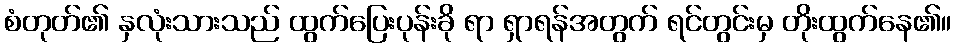
စံတုတ်၏ နှလုံးသားသည် ထွက်ပြေးပုန်းခို ရာ ရှာရန်အတွက် ရင်တွင်းမှ တိုးထွက်နေ၏။